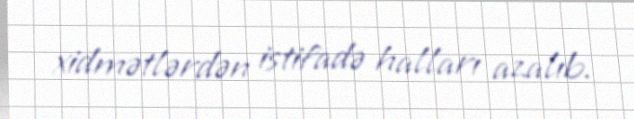
xidmətlərdən istifadə halları azalıb.